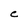
Character: C